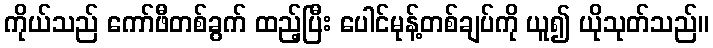
ကိုယ်သည် ကော်ဖီတစ်ခွက် ထည့်ပြီး ပေါင်မုန့်တစ်ချပ်ကို ယူ၍ ယိုသုတ်သည်။